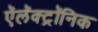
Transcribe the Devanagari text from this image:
ऍलॅक्ट्रॉनिक